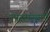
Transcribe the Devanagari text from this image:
उपसमस्याएँ